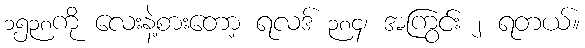
၁၅၃၈ကို လေးနဲ့စားတော့ ရလဒ် ၃၈၄၊ အကြွင်း ၂ ရတယ်။